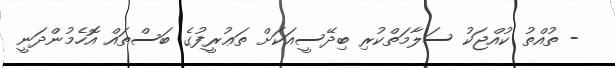
- ތުއްތު ކުއްޖަކު ސަލާމަތްކުރި ބިދޭސީއަކަށް ތަޢުރީފުގެ ބަސްތައް އޮހެމުންދަނީ